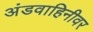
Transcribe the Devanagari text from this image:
अंडवाहिनीवर